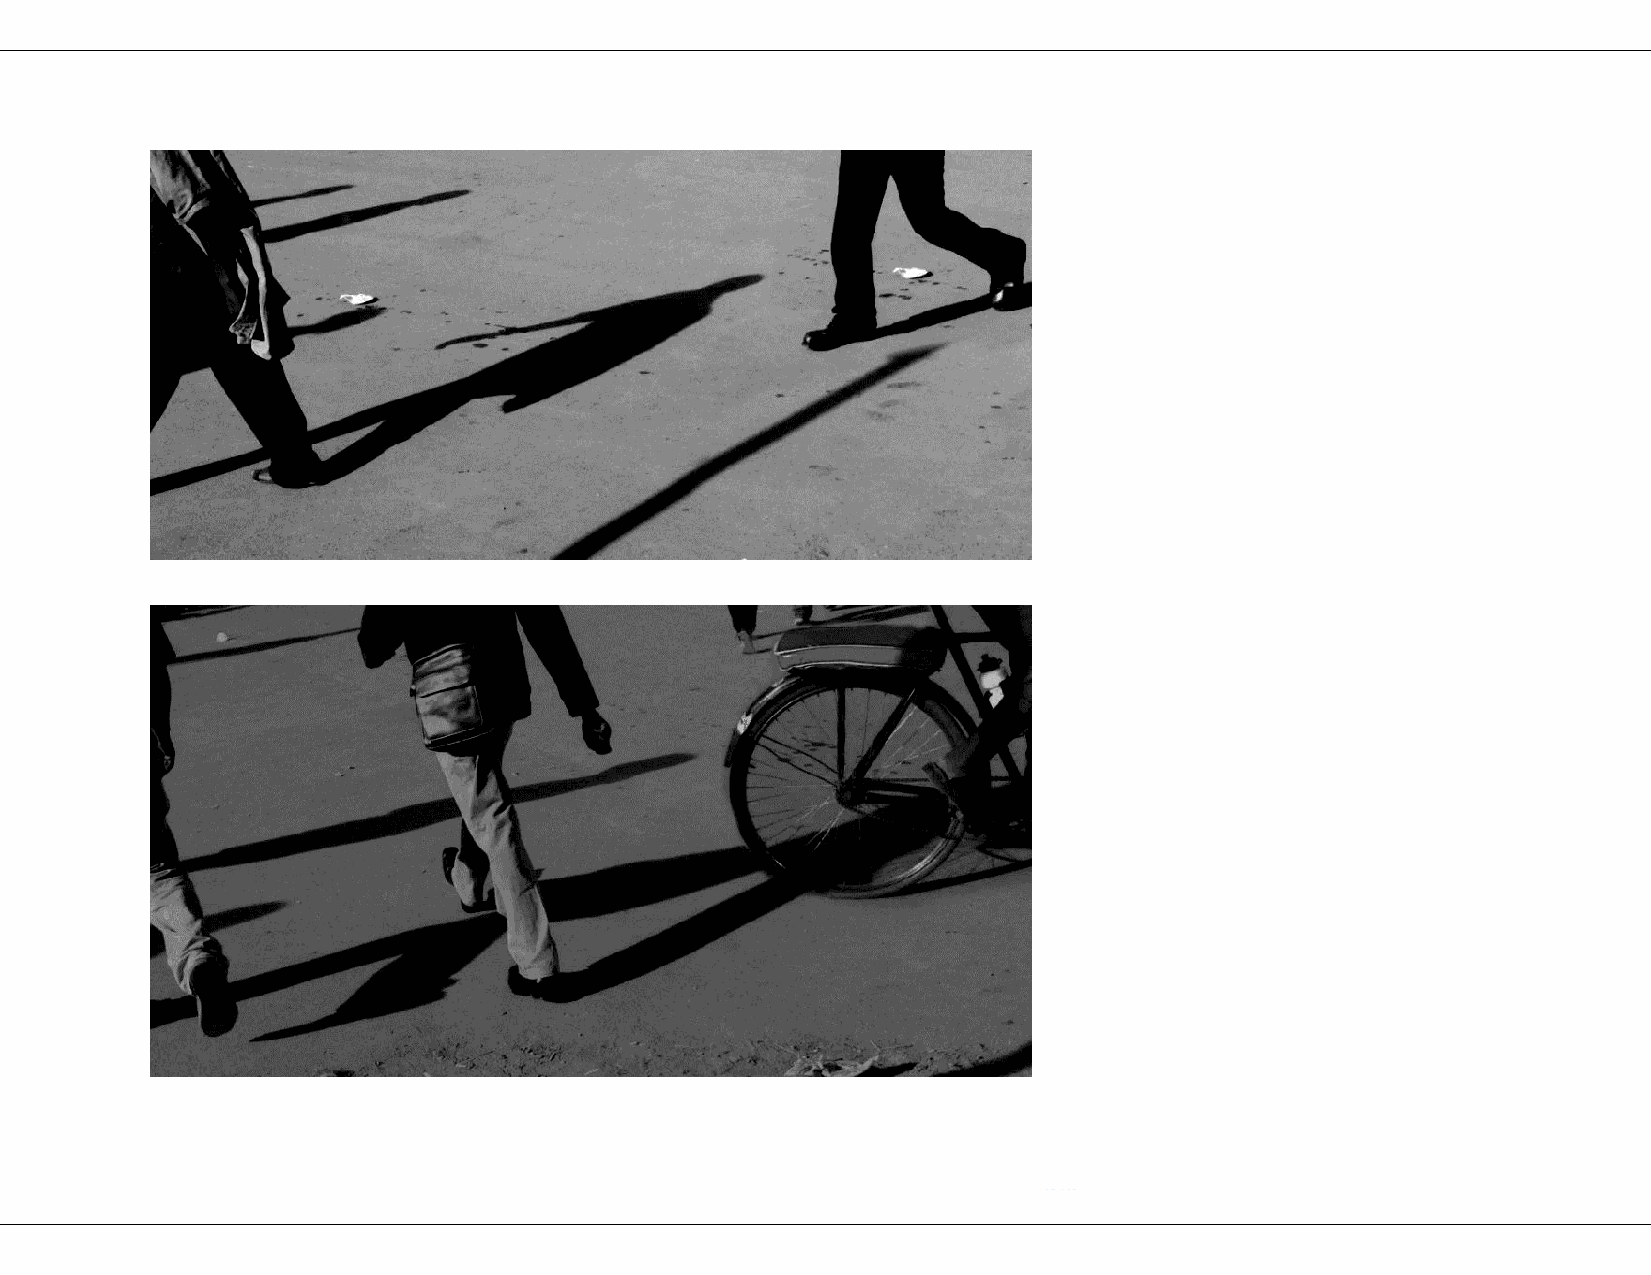
Saraba | Issue 13 | Africa                                  100